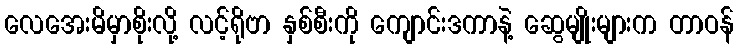
လေအေးမိမှာစိုးလို့ လင့်ရိုဗာ နှစ်စီးကို ကျောင်းဒကာနဲ့ ဆွေမျိုးများက တာဝန်